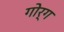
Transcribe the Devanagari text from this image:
गोर्ग